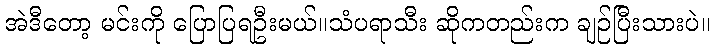
အဲဒီတော့ မင်းကို ပြောပြရဦးမယ်။သံပရာသီး ဆိုကတည်းက ချဉ်ပြီးသားပဲ။